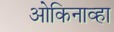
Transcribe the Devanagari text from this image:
ओकिनाव्हा